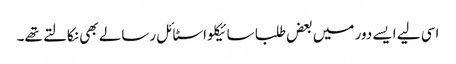
اسی لیے ایسے دور میں بعض طلبا سائیکلو اسٹائل رسالے بھی نکالتے تھے۔